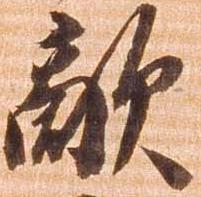
敵